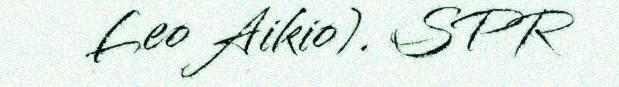
Leo Aikio). SPR